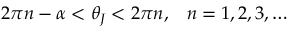
\begin{array} { r } { 2 \pi n - \alpha < \theta _ { J } < 2 \pi n , \; \; \; n = 1 , 2 , 3 , \dots } \end{array}